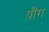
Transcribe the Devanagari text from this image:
यौंग